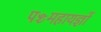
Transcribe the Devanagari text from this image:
पञ्चमहायज्ञों